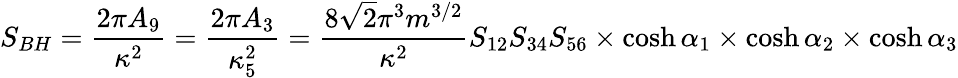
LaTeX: S_{BH}=\frac{2\pi A_{9}}{\kappa^{2}}=\frac{2\pi A_{3}}{\kappa_{5}^{2}}=\frac{8\sqrt{2}\pi^{3}m^{3/2}}{\kappa^{2}}S_{12}S_{34}S_{56}\times\cosh\alpha_{1}\times\cosh\alpha_{2}\times\cosh\alpha_{3}